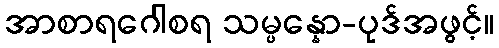
အာစာရဂေါစရ သမ္ပန္နော-ပုဒ်အဖွင့်။